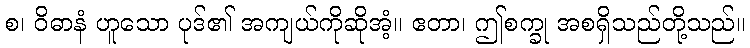
စ၊ ဝိဓာနံ ဟူသော ပုဒ်၏ အကျယ်ကိုဆိုအံ့။ ဧတာ၊ ဤစက္ခု အစရှိသည်တို့သည်။